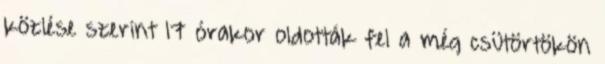
közlése szerint 17 órakor oldották fel a még csütörtökön